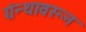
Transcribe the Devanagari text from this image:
ग्रंन्थावरून